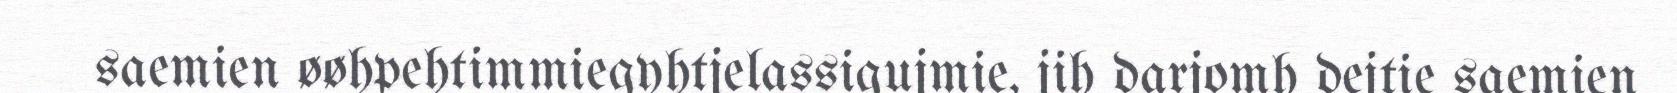
saemien øøhpehtimmiegyhtjelassigujmie, jih darjomh dejtie saemien